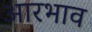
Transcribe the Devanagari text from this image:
आरभाव